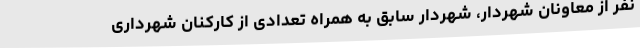
نفر از معاونان شهردار، شهردار سابق به همراه تعدادی از کارکنان شهرداری